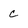
Character: C